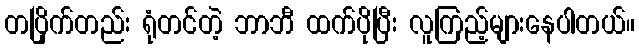
တပြိုက်တည်း ရုံတင်တဲ့ ဘာဘီ ထက်ပိုပြီး လူကြည့်များနေပါတယ်။